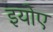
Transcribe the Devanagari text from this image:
इयोए